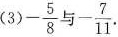
(3)-\frac{5}{8}与-\frac{7}{11}.